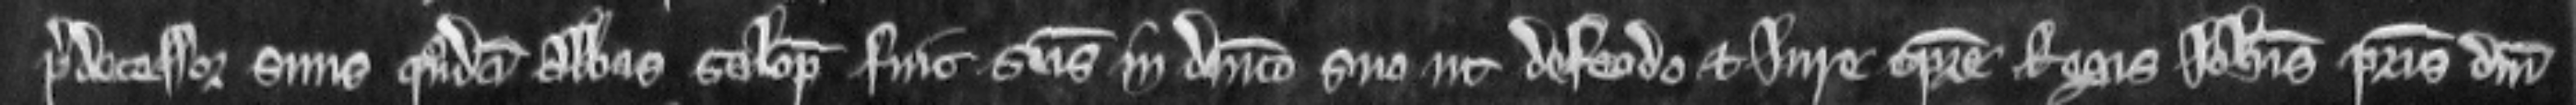
predecessor suus quondam Abbas Salop fuit seisitus in dominico suo et de feodo et jure tempore Regis Johannis patris domini